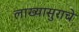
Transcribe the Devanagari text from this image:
लाख्यासुराचे